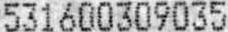
531600309035